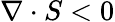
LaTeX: \nabla\cdot S<0